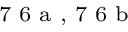
^ \textrm { \scriptsize 7 6 a , 7 6 b }